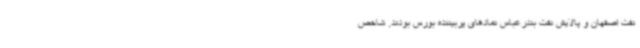
نفت اصفهان و پالایش نفت بندرعباس نمادهای پربیننده بورس بودند. شاخص